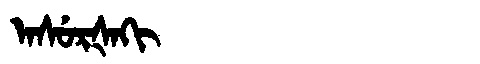
Manchu: ᠠᠰᡠᡵᡧᠠᡴᡳ
Romanization: ASURŠAKI